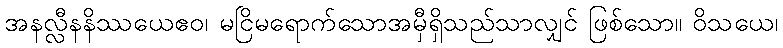
အနလ္လီနနိဿယေဧဝ၊ မငြိမရောက်သောအမှီရှိသည်သာလျှင် ဖြစ်သော။ ဝိသယေ၊